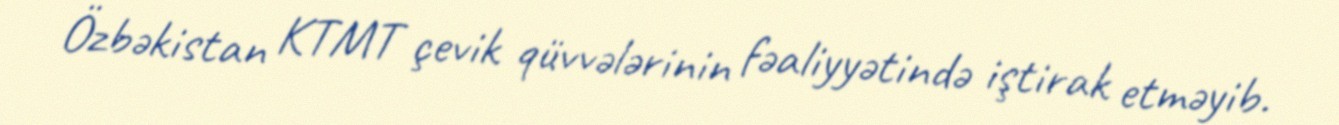
Özbəkistan KTMT çevik qüvvələrinin fəaliyyətində iştirak etməyib.